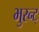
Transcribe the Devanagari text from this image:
भुरन्ट्